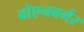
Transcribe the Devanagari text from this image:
बोएनबर्गर